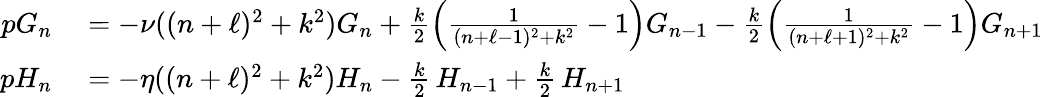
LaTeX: \begin{array}{rl}{pG_{n}}&{{}=-\nu((n+\ell)^{2}+k^{2})G_{n}+\frac{k}{2}\left(\frac{1}{(n+\ell-1)^{2}+k^{2}}-1\right)G_{n-1}-\frac{k}{2}\left(\frac{1}{(n+\ell+1)^{2}+k^{2}}-1\right)G_{n+1}}\\ {pH_{n}}&{{}=-\eta((n+\ell)^{2}+k^{2})H_{n}-\frac{k}{2}\, H_{n-1}+\frac{k}{2}\, H_{n+1}}\end{array}